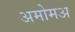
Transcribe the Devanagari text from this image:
अमोमअ